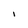
Character: I